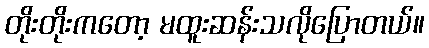
တိုးတိုးကတော့ မထူးဆန်းသလိုပြောတယ်။